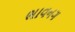
ભાવનગ